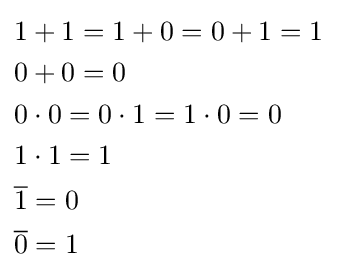
{\begin{aligned}&1+1=1+0=0+1=1\\&0+0=0\\&0\cdot 0=0\cdot 1=1\cdot 0=0\\&1\cdot 1=1\\&{\overline {1}}=0\\&{\overline {0}}=1\end{aligned}}